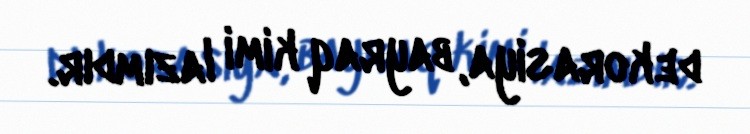
dekorasiya, bayraq kimi lazımdır.